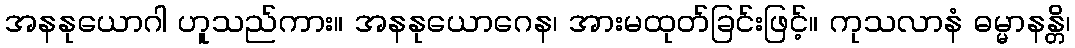
အနနုယောဂါ ဟူသည်ကား။ အနနုယောဂေန၊ အားမထုတ်ခြင်းဖြင့်။ ကုသလာနံ ဓမ္မာနန္တိ၊